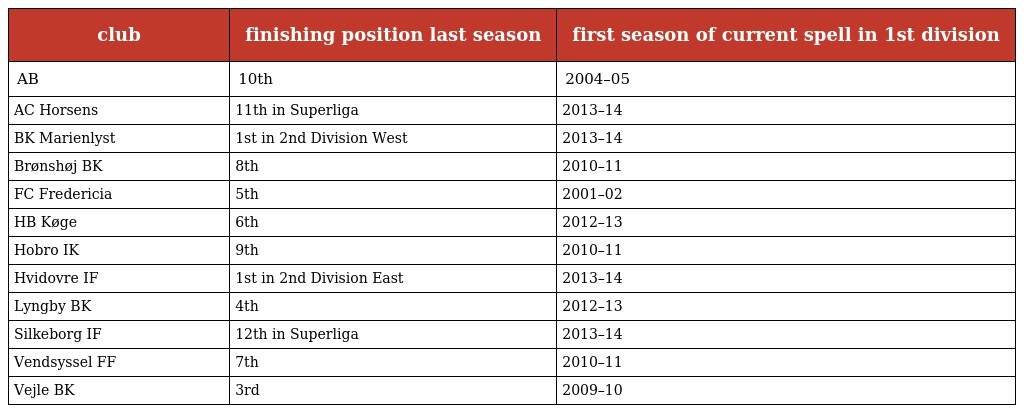
| club | finishing position last season | first season of current spell in 1st division |
 | --- | --- | --- |
 | AB | 10th | 2004–05 |
 | AC Horsens | 11th in Superliga | 2013–14 |
 | BK Marienlyst | 1st in 2nd Division West | 2013–14 |
 | Brønshøj BK | 8th | 2010–11 |
 | FC Fredericia | 5th | 2001–02 |
 | HB Køge | 6th | 2012–13 |
 | Hobro IK | 9th | 2010–11 |
 | Hvidovre IF | 1st in 2nd Division East | 2013–14 |
 | Lyngby BK | 4th | 2012–13 |
 | Silkeborg IF | 12th in Superliga | 2013–14 |
 | Vendsyssel FF | 7th | 2010–11 |
 | Vejle BK | 3rd | 2009–10 |